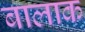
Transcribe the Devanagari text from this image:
बालाक